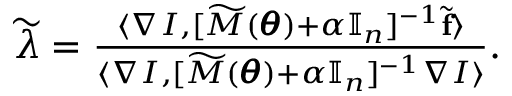
\begin{array} { r } { \widetilde \lambda = \frac { \langle \nabla I , [ \widetilde M ( \pmb \theta ) + \alpha \mathbb I _ { n } ] ^ { - 1 } \tilde { \mathbf f } \rangle } { \langle \nabla I , [ \widetilde M ( \pmb \theta ) + \alpha \mathbb I _ { n } ] ^ { - 1 } \nabla I \rangle } . } \end{array}